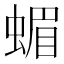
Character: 蝞